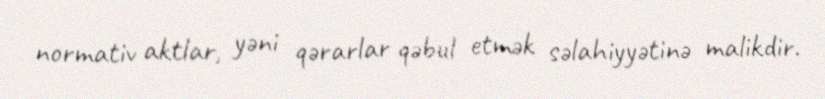
normativ aktlar, yəni qərarlar qəbul etmək səlahiyyətinə malikdir.